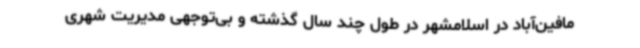
مافین‌آباد در اسلامشهر در طول چند سال گذشته و بی‌توجهی مدیریت شهری